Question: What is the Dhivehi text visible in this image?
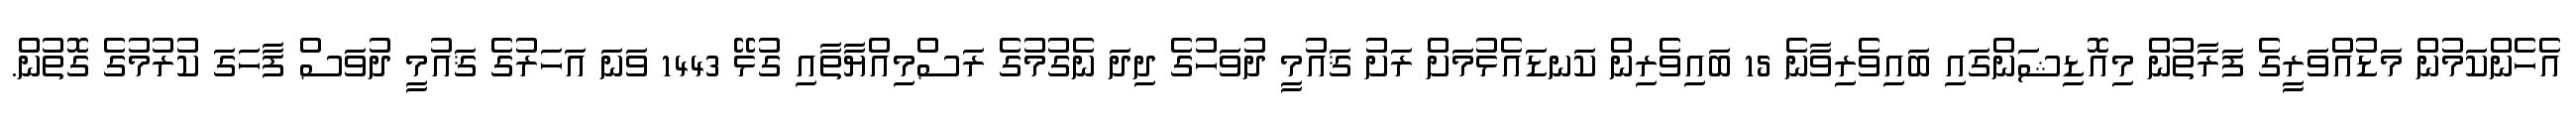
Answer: އެހެންކަމުން މަޑުއްވަރީގެ ފަރާތުން މިއޮޑިޝަންގައި ބައިވެރިވާނެ 15 ބައިވެރިން ކަނޑައެޅުމަށް ރަށު ޤައުމީ ދުވަހުގެ ދިދަ ނެގުމުގެ ރަސްމިއްޔާތާއި ގުޅޭ 1443 ވަނަ އަހަރުގެ ޤައުމީ ދުވަސް ފާހަގަ ކުރުމުގެ ގޮތުން.